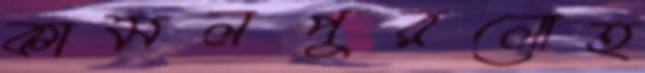
কামলপুরলোহ